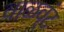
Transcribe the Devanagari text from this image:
वाळव्ंट